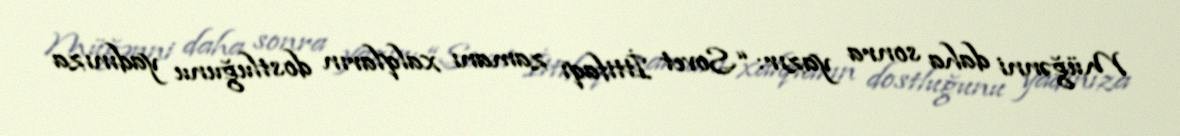
Müğənni daha sonra yazır: “Sovet İttifaqı zamanı xalqların dostluğunu yadınıza